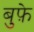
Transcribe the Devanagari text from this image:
बुफ़े